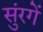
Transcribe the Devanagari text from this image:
सुंरगें